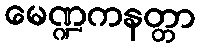
မေဏ္ဍကနတ္တာ